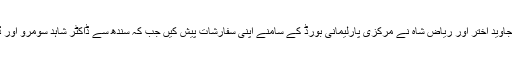
مجلس عمل پنجاب کے صدر میاں مقصود احمد، ڈاکٹر جاوید اختر اور ریاض شاہ نے مرکزی پارلیمانی بورڈ کے سامنے اپنی سفارشات پیش کیں جب کہ سندھ سے ڈاکٹر شاہد سومرو اور ڈاکٹر معراج الہدیٰ صدیقی نے اپنی سفارشات پیش کیں۔